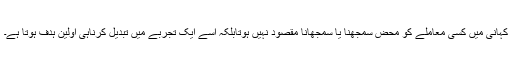
کہانی میں کسی معاملے کو محض سمجھنا یا سمجھانا مقصود نہیں ہوتابلکہ اسے ایک تجربے میں تبدیل کرناہی اولین ہدف ہوتا ہے۔